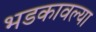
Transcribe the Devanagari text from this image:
भडकावल्या